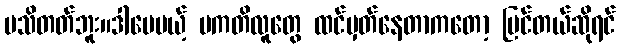
မသိတတ်ဘူး။ဒါပေမယ့် ပကတိလူတွေ ထင်မှတ်နေတာကတော့ မြင်တယ်ဆိုရင်